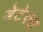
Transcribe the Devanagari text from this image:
डेटेक्स